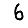
Digit: 6